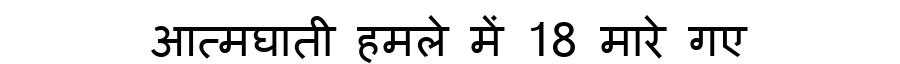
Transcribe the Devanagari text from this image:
आत्मघाती हमले में 18 मारे गए